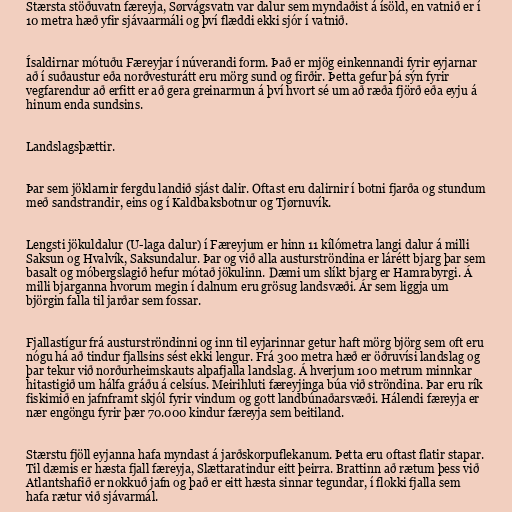
Stærsta stöðuvatn færeyja, Sørvágsvatn var dalur sem myndaðist á ísöld, en vatnið er í
10 metra hæð yfir sjávaarmáli og því flæddi ekki sjór í vatnið.

Ísaldirnar mótuðu Færeyjar í núverandi form. Það er mjög einkennandi fyrir eyjarnar
að í suðaustur eða norðvesturátt eru mörg sund og firðir. Þetta gefur þá sýn fyrir
vegfarendur að erfitt er að gera greinarmun á því hvort sé um að ræða fjörð eða eyju á
hinum enda sundsins.

Landslagsþættir.

Þar sem jöklarnir fergdu landið sjást dalir. Oftast eru dalirnir í botni fjarða og stundum
með sandstrandir, eins og í Kaldbaksbotnur og Tjørnuvík.

Lengsti jökuldalur (U-laga dalur) í Færeyjum er hinn 11 kílómetra langi dalur á milli
Saksun og Hvalvík, Saksundalur. Þar og við alla austurströndina er lárétt bjarg þar sem
basalt og móbergslagið hefur mótað jökulinn. Dæmi um slíkt bjarg er Hamrabyrgi. Á
milli bjarganna hvorum megin í dalnum eru grösug landsvæði. Ár sem liggja um
björgin falla til jarðar sem fossar.

Fjallastígur frá austurströndinni og inn til eyjarinnar getur haft mörg björg sem oft eru
nógu há að tindur fjallsins sést ekki lengur. Frá 300 metra hæð er öðruvísi landslag og
þar tekur við norðurheimskauts alpafjalla landslag. Á hverjum 100 metrum minnkar
hitastigið um hálfa gráðu á celsíus. Meirihluti færeyjinga búa við ströndina. Þar eru rík
fiskimið en jafnframt skjól fyrir vindum og gott landbúnaðarsvæði. Hálendi færeyja er
nær engöngu fyrir þær 70.000 kindur færeyja sem beitiland.

Stærstu fjöll eyjanna hafa myndast á jarðskorpuflekanum. Þetta eru oftast flatir stapar.
Til dæmis er hæsta fjall færeyja, Slættaratindur eitt þeirra. Brattinn að rætum þess við
Atlantshafið er nokkuð jafn og það er eitt hæsta sinnar tegundar, í flokki fjalla sem
hafa rætur við sjávarmál.